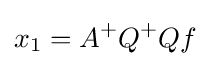
x_{1}=A^{+}Q^{+}Qf